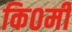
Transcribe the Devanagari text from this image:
कि०मी